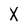
Character: X